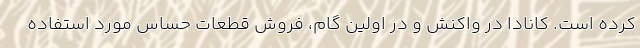
کرده است. کانادا در واکنش و در اولین گام، فروش قطعات حساس مورد استفاده